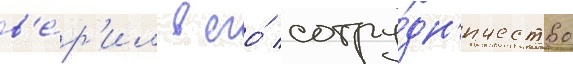
в'е́р'ил в его́ сотру́дн'ичество